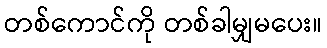
တစ်ကောင်ကို တစ်ခါမျှမပေး။